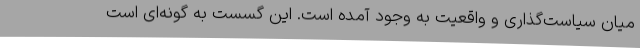
میان سیاست‌گذاری و واقعیت به وجود آمده است. این گسست به گونه‌ای است